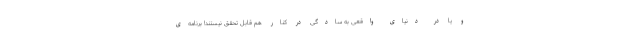
و یا در دنیای واقعی به سادگی در کنار هم قابل تحقق نیستند! برنامه‌ی